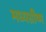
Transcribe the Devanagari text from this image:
मध्यग्रीष्म